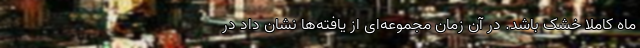
ماه کاملاً خشک باشد. در آن زمان مجموعه‌ای از یافته‌ها نشان داد در